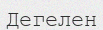
Дегелен